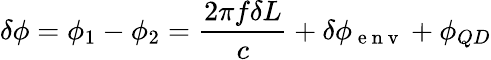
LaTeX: \delta\phi=\phi_{1}-\phi_{2}=\frac{2\pi f\delta L}{c}+\delta\phi_{\mathrm{~e~n~v~}}+\phi_{QD}